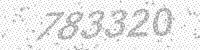
Solution: 783320